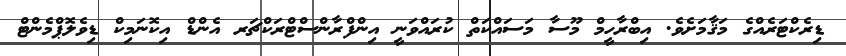
ޑިރެކްޓަރެއްގެ މަޤާމަށެވެ. އިބްރާހީމް މޫސާ މަސައްކަތް ކުރައްވަނީ އިންފްރާންސްޓްރަކްޗަރ އެންޑް އިކޮނަމިކް ޑިވެލޮޕްމެންޓް